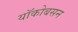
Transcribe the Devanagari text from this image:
यॉकोबसन